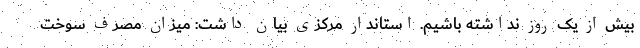
بیش از یک روز نداشته باشیم. استاندار مرکزی بیان داشت: میزان مصرف سوخت